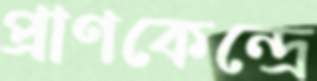
প্রাণকেন্দ্রে